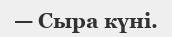
— Сыра күні.